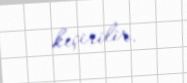
keçirilir.